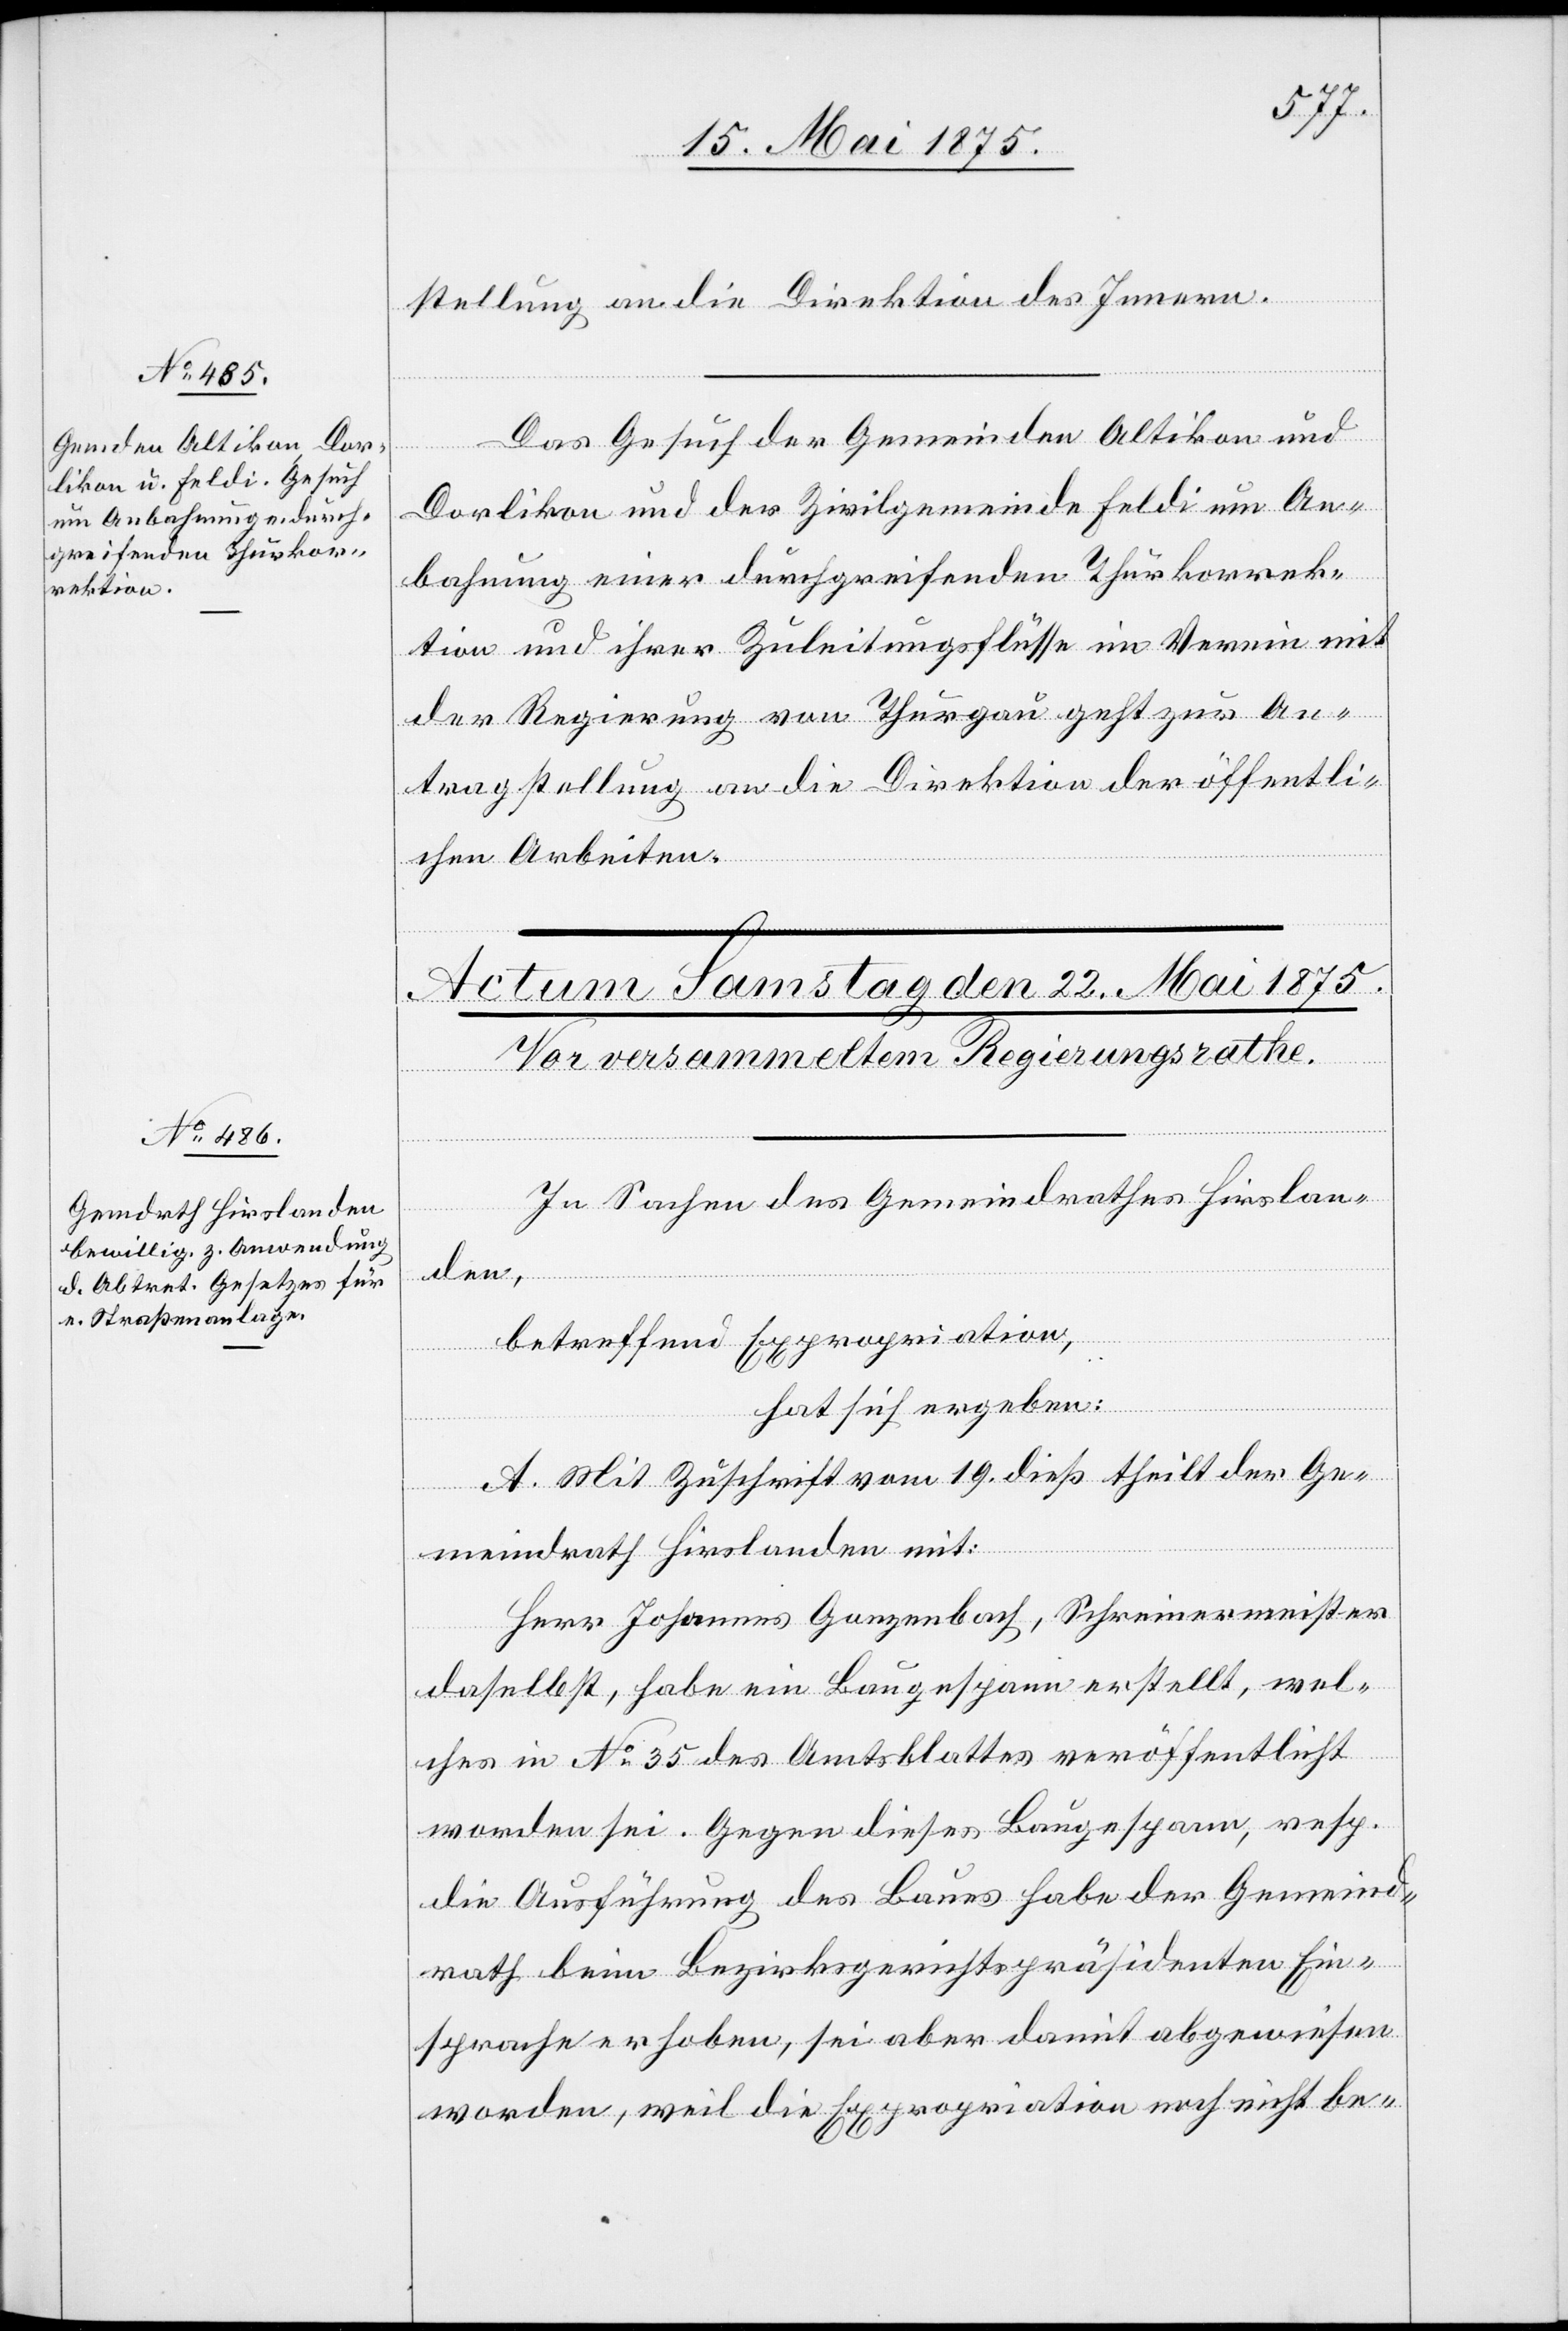
21. Mai 1875.]
stellung an die Direktion des Innern.
Das Gesuch der Gemeinden Altikon und
Dorlikon und der Zivilgemeinde Feldi um An¬
bahnung einer durchgreifenden Thurkorrek¬
tion und ihrer Zuleitungsflüsse im Verein mit
der Regierung von Thurgau geht zur An¬
tragstellung an die Direktion der öffentli¬
chen Arbeiten.
In Sachen des Gemeindrathes Hirslan¬
den,
betreffend Expropriation,
hat sich ergeben:
A. Mit Zuschrift vom 19. dieß theilt der Ge¬
meindrath Hirslanden mit:
Herr Johannes Gonzenbach, Schreinermeister
daselbst, habe ein Baugespann erstellt, wel¬
ches in No 35 des Amtsblattes veröffentlicht
worden sei. Gegen dieses Baugespann, resp.
die Ausführung des Baues habe der Gemeind¬
rath beim Bezirksgerichtspräsidenten Ein¬
sprache erhoben, sei aber damit abgewiesen
worden, weil die Expropriation noch nicht be-